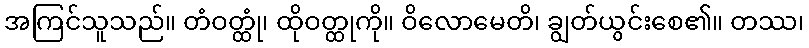
အကြင်သူသည်။ တံဝတ္ထုံ၊ ထိုဝတ္ထုကို။ ဝိလောမေတိ၊ ချွတ်ယွင်းစေ၏။ တဿ၊